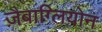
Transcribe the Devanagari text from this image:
ज़ैबाग्लियोन